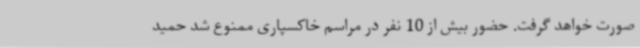
صورت خواهد گرفت. حضور بیش از 10 نفر در مراسم خاکسپاری ممنوع شد حمید